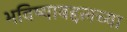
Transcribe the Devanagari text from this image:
भविष्याबद्दलच्या